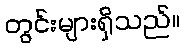
တွင်းများရှိသည်။